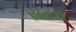
સટન